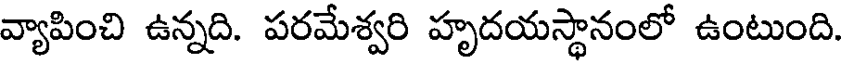
వ్యాపించి ఉన్నది. పరమేశ్వరి హృదయస్థానంలో ఉంటుంది.